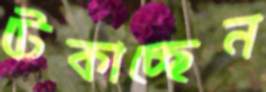
টেকাচ্ছেন